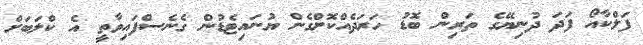
ފަލްކާއޯ ފަދަ ދުނިޔޭގެ ތަރިން ބޮޑު ހަރަދެއްކޮށްގެން ޔުނައިޓެޑުން ގެނެސްފައިވާތީ އެ ކްލަބަށް